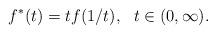
LaTeX: \begin{align*}f^*(t) = t f (1/t), \ \ t\in(0, \infty).\end{align*}